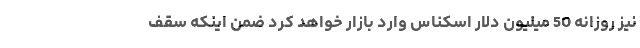
نیز روزانه 50 میلیون دلار اسکناس وارد بازار خواهد کرد ضمن اینکه سقف